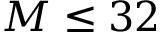
M \leq 3 2